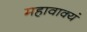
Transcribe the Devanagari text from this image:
महावाक्यं